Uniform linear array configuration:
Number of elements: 4
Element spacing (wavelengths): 0.5
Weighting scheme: hamming
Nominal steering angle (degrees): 30
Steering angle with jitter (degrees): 31.978
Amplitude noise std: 0.05
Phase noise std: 0.05

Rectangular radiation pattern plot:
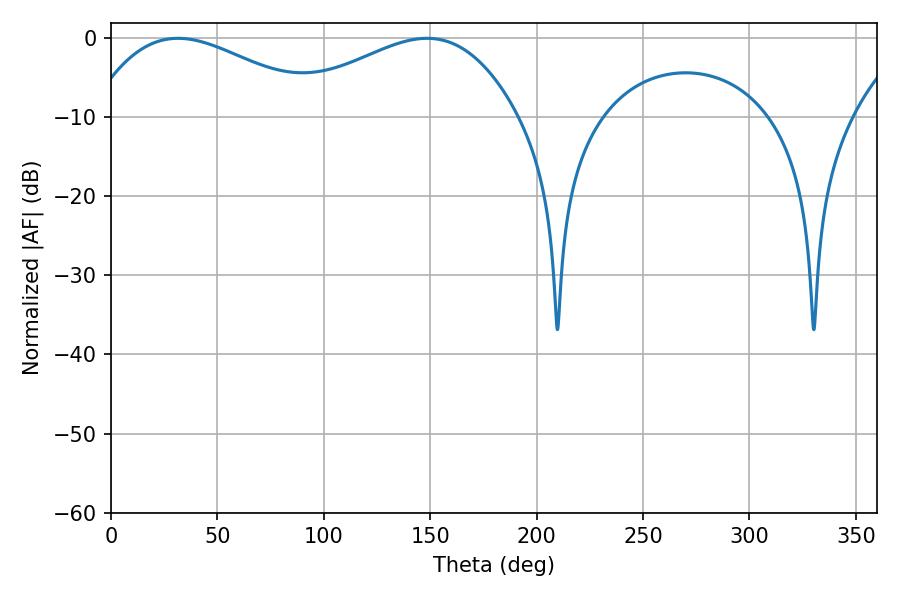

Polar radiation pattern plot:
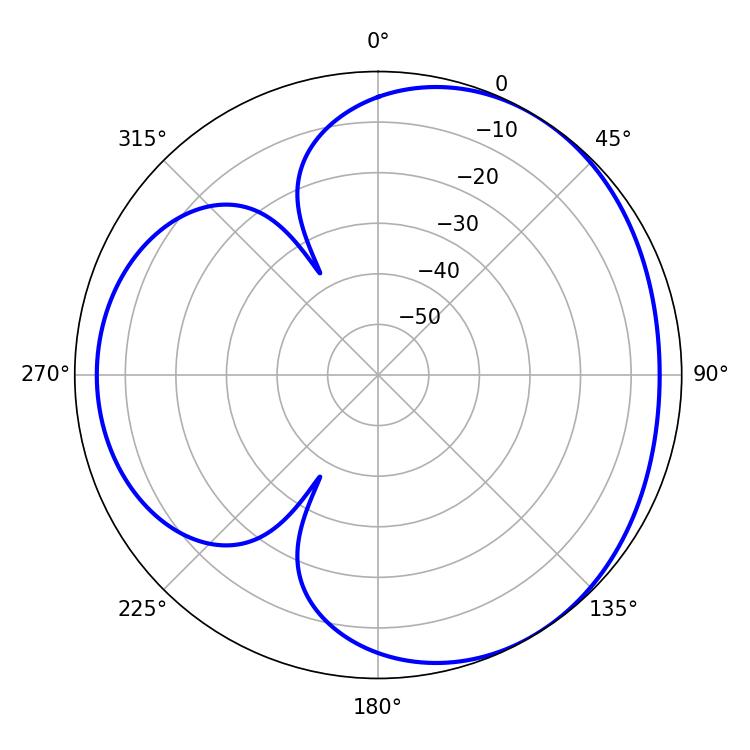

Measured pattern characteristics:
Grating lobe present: FALSE
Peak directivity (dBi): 3.466
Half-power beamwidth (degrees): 60.3
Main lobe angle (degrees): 31.5